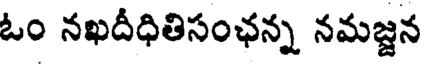
ఓం నఖదీధితిసంఛన్న నమజ్జన